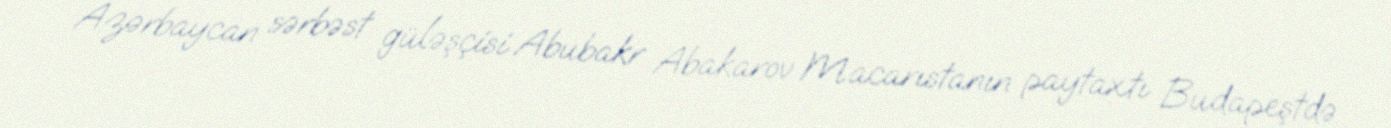
Azərbaycan sərbəst güləşçisi Abubakr Abakarov Macarıstanın paytaxtı Budapeştdə